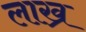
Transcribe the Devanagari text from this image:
लाख्र